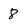
Character: 8